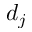
d _ { j }